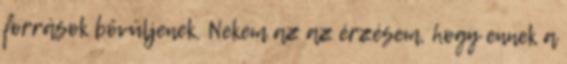
források bővüljenek. Nekem az az érzésem, hogy ennek a